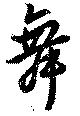
舞